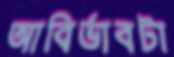
আবির্ভাবটা